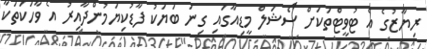
ރިޔާޒުގެ އެ ޓުވީޓްތަކަށް ސޯޝަލް މީޑިއާގައި ގިނަ ބަޔަކު ފާޑުކިޔަމުންދާއިރު އެ ވާހަކަތަކާ